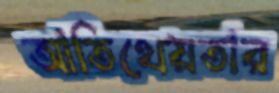
আতিথেয়তার